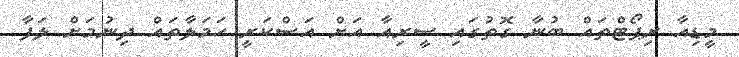
މީޑިއާ ރިޕޯޓްތައް ބުނާ ގޮތުގައި ސީރިއާ އަށް އަސްކަރީ ހަމަލާތައް ދިނުމަށް ލަފާ